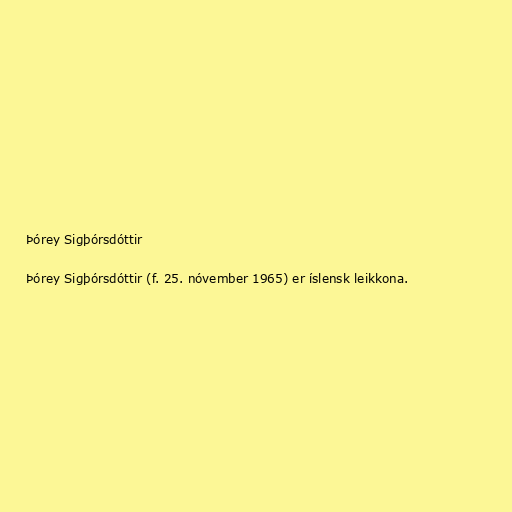
Þórey Sigþórsdóttir

Þórey Sigþórsdóttir (f. 25. nóvember 1965) er íslensk leikkona.